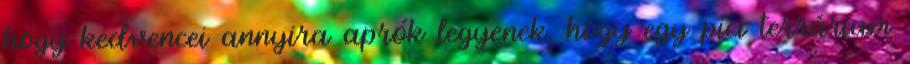
hogy kedvencei annyira aprók legyenek, hogy egy pici terrárium